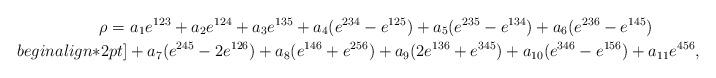
LaTeX: \begin{align*} \rho= \, & \, a_1 e^{123} + a_2 e^{124} + a_3 e^{135} + a_4 (e^{234}-e^{125}) + a_5(e^{235}-e^{134}) + a_6 (e^{236}-e^{145}) \\begin{align*}2pt] & +a_7 (e^{245}-2e^{126}) + a_8 (e^{146}+e^{256}) + a_9 (2e^{136} + e^{345}) + a_{10}(e^{346}-e^{156}) + a_{11} e^{456}, \end{align*}